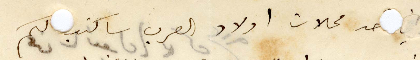
في احد محلات ولاد العرب ساكتب لكم